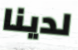
لدينا